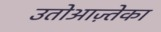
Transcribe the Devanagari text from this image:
उतोआज़्तेका